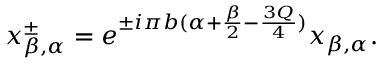
x _ { \beta , \alpha } ^ { \pm } = e ^ { \pm i \pi b ( \alpha + \frac { \beta } { 2 } - \frac { 3 Q } { 4 } ) } x _ { \beta , \alpha } .